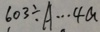
6 0 3 \div A \cdots 4 a